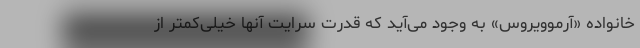
خانواده «آرموویروس» به وجود می‌آید که قدرت سرایت آنها خیلی‌کمتر از